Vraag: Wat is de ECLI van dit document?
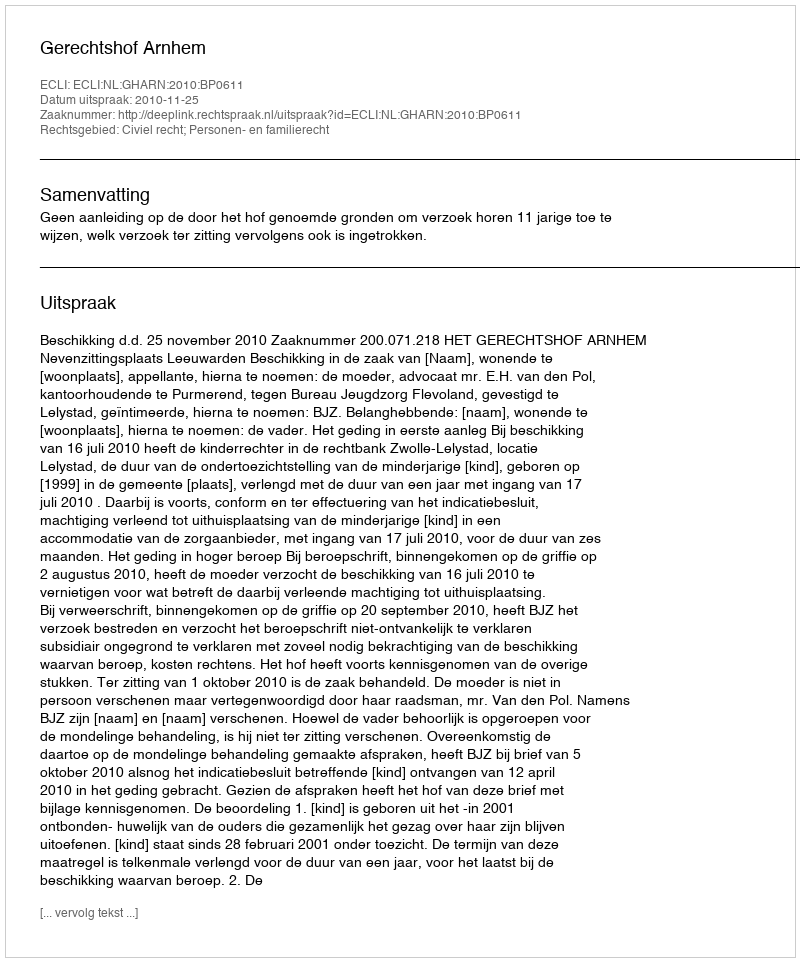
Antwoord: ECLI:NL:GHARN:2010:BP0611